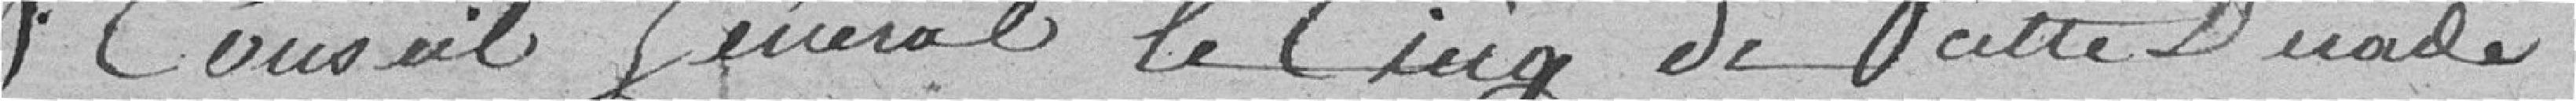
Conseil Général le Cinq de cette